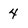
Character: 4